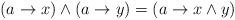
LaTeX: \begin{align*}(a \to x) \wedge (a \to y)= (a \to x \wedge y)\end{align*}